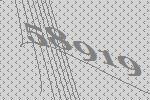
58919